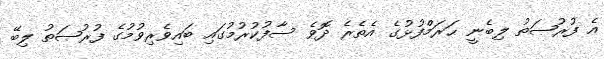
އެ ފުރުޞަތު ލިބެނީ ޙަރަމްފުޅުގެ އެތެރެ ދޮވެ ސާފުކުރުމުގައި ބައިވެރިވުމުގެ ފުރުޞަތު ލިބޭ